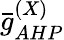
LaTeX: \bar{g}_{AHP}^{(X)}